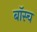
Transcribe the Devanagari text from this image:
बॉस्च